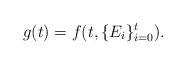
LaTeX: \begin{align*}g(t)=f(t,\{E_{i}\}_{i=0}^t).\end{align*}